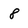
Character: 8